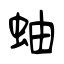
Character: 蚰